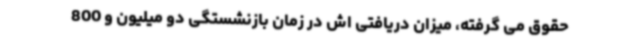
حقوق می گرفته، میزان دریافتی اش در زمان بازنشستگی دو میلیون و 800